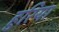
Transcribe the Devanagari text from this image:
हुरिया